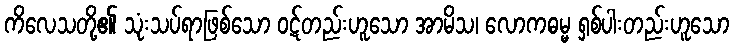
ကိလေသတို့၏ သုံးသပ်ရာဖြစ်သော ဝဋ်တည်းဟူသော အာမိသ၊ လောကဓမ္မ ရှစ်ပါးတည်းဟူသော